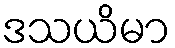
ဒသယိမာ